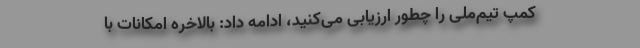
کمپ تیم‌ملی را چطور ارزیابی می‌کنید، ادامه داد: بالاخره امکانات با